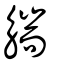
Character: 𧤬